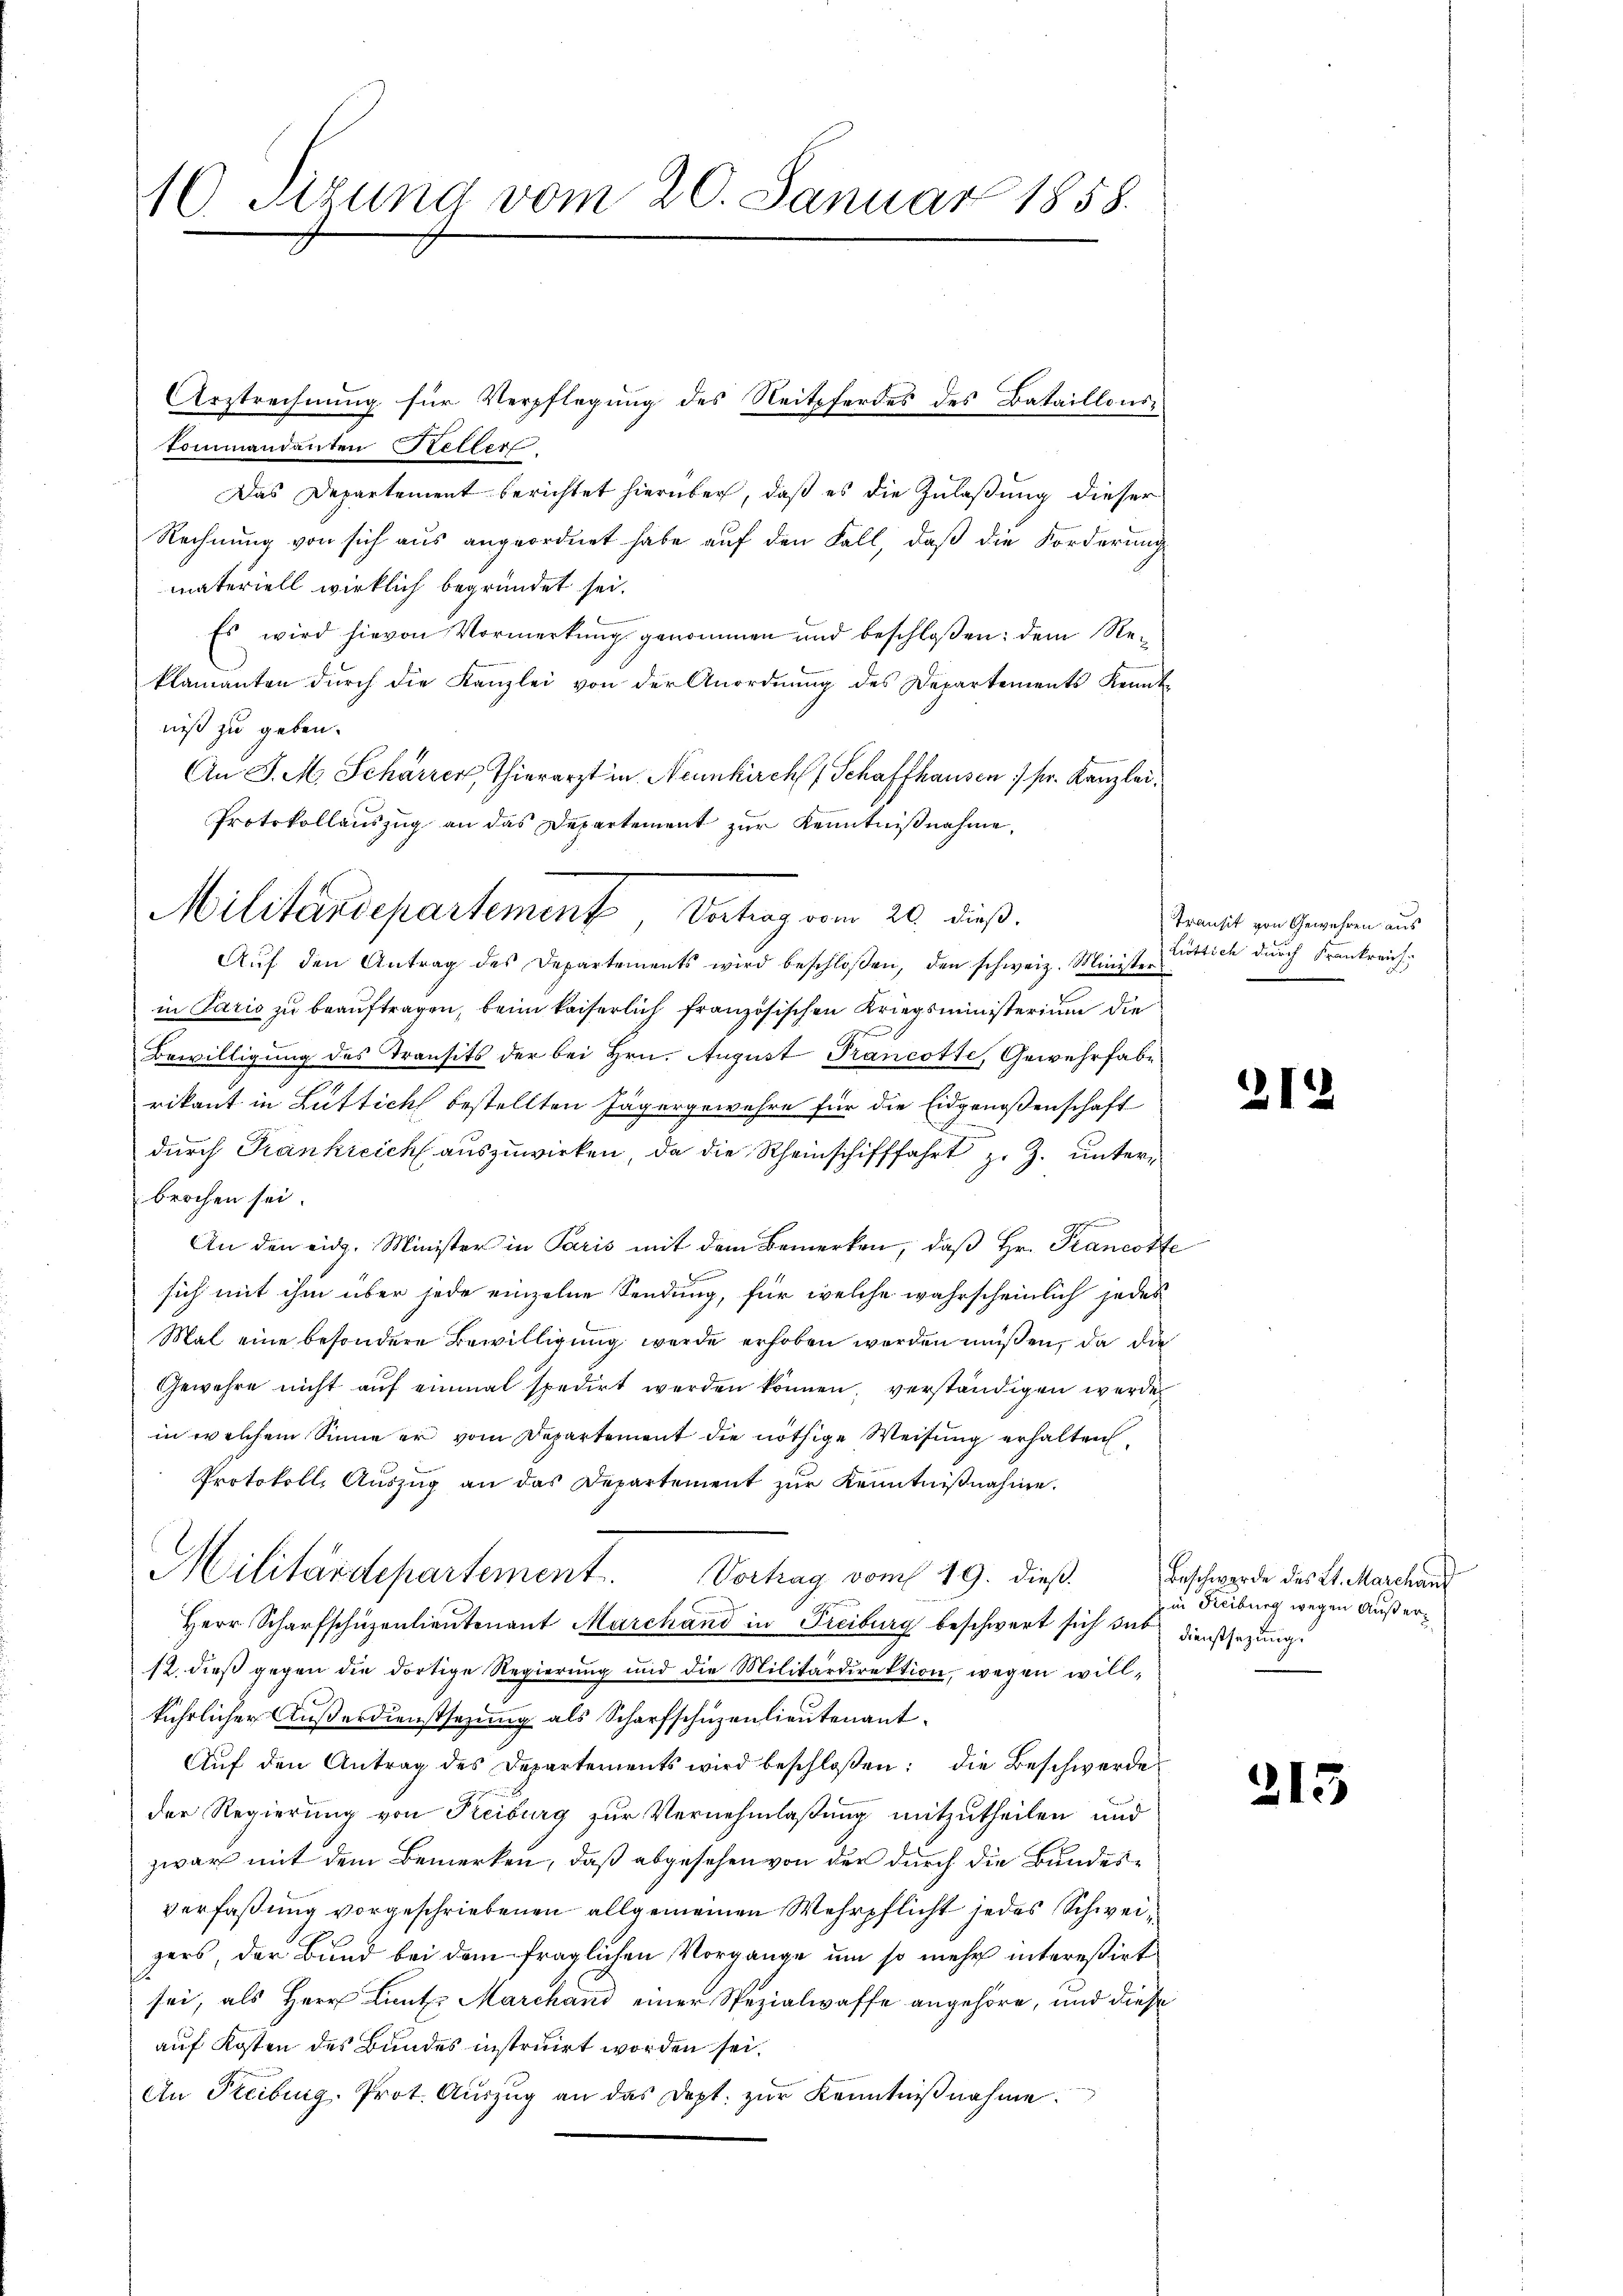
A. Sitzung vom 20. Januar 1858.

Urstrechnung für Verpflegung des Reitpferdes des Bataillons-
Kommandanten Retter
Das Departement berichtet hierüber, daß es die Zulaßung dieser
Rechnung von sich aus angeordnet habe auf den Fall, daß die Forderung
materiell wirklich begründet sei.
Es wird hievon Vormerkung genommen und beschloßen: dem Reklamanten durch die Kanzlei von der Anordnung des Departements Kennt-
niß zu geben.
An J. M. Schärrer, Thierarzt in Neunkirch Schaffhausen :/ sr. Kanzlei,
Protokollenszug an das Departement zur Kenntnißnahme,
in Pario zu beauftragen, beim kaiserlich französischen Kriegsministerium die
Bewilligung des Transits der bei Hrn. August Kancotte, Gewehrhabe
rikant in Luttich bestellten Jägergewehre für die Eidgenoßenschaft
durch Krankreich auszuwirken, da die Rheinschifffahrt z. Z. unterbrochen sei.
G
An den eidg. Minister in Paris mit dem Bemerken, daß Hr. Francotte
sich mit ihm über jede einzelne Sendung, für welche wahrscheinlich jedes
Mal eine besondere Bewilligung werde erhoben werden müssen, da die
Gewehre nicht auf einmal spedirt werden können, verständigen werde
in welchem Sinne er vom Departement die nöthige Weisung erhalten,
Protokoll, Aŭszŭg an das Departement zŭr Kenntnißnahme.
Militärdepartement. Vorhag vom 19. dieß
Herr Scharfschüzenleutenant Marchand in Freiburg beschwert sich das Dienstsetzungs
12. dieß gegen die dortige Regierung und die Militärdirektion, wegen willkührlicher Außerdienstsezung als Scharfschüzenlieutenant.
Aŭf den Antrag des Departements wird beschloßen: die Beschwerde
der Regierung von Freiburg zur Vernehmlaßung mitzutheilen und
zwar mit dem Bemerken, daß abgesehen von der durch die Bundesverfaßung vorgeschriebenen allgemeinen Wehrpflicht jedes Schweizers, der Bund bei dem fraglichen Vorgange um so mehr intereßirt
sei, als Herr Lantz Marchand einer Spezialwaffe angehöre, und diese
auf Kosten des Bundes instruirt worden sei.
An Freiburg. Prot. Auszug an das Dept. zur Kenntnißnahme.

Militärdepartement, Betrag vom 20. dieß.
Aŭf den Antrag des Departements wird beschloßen, den schweiz. Minister

Transit von Gewehren aus
Lottich durch Frankreich

212

Beschwerde des 2t. Marchaus
in Freiburg wegen Außer¬

213